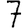
Digit: 7